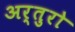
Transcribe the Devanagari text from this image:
अर्तुरो